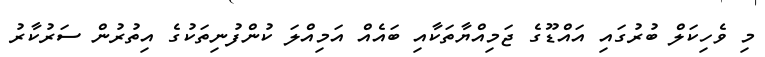
މި ވެހިކަލް ބުރުގައި އައްޑޫގެ ޖަމިއްޔާތަކާއި ބައެއް އަމިއްލަ ކުންފުނިތަކުގެ އިތުރުން ސަރުކާރު